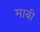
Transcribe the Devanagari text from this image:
माबी